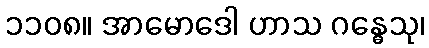
၁၁၀၈။ အာမောဒေါ ဟာသ ဂန္ဓေသု၊